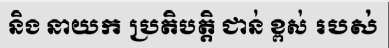
និង នាយក ប្រតិបត្តិ ជាន់ ខ្ពស់ របស់